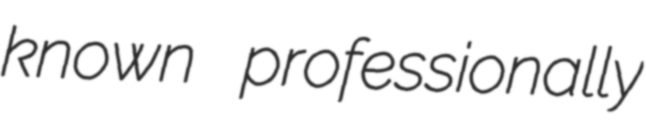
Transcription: known professionally